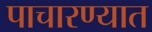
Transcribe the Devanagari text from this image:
पाचारण्यात